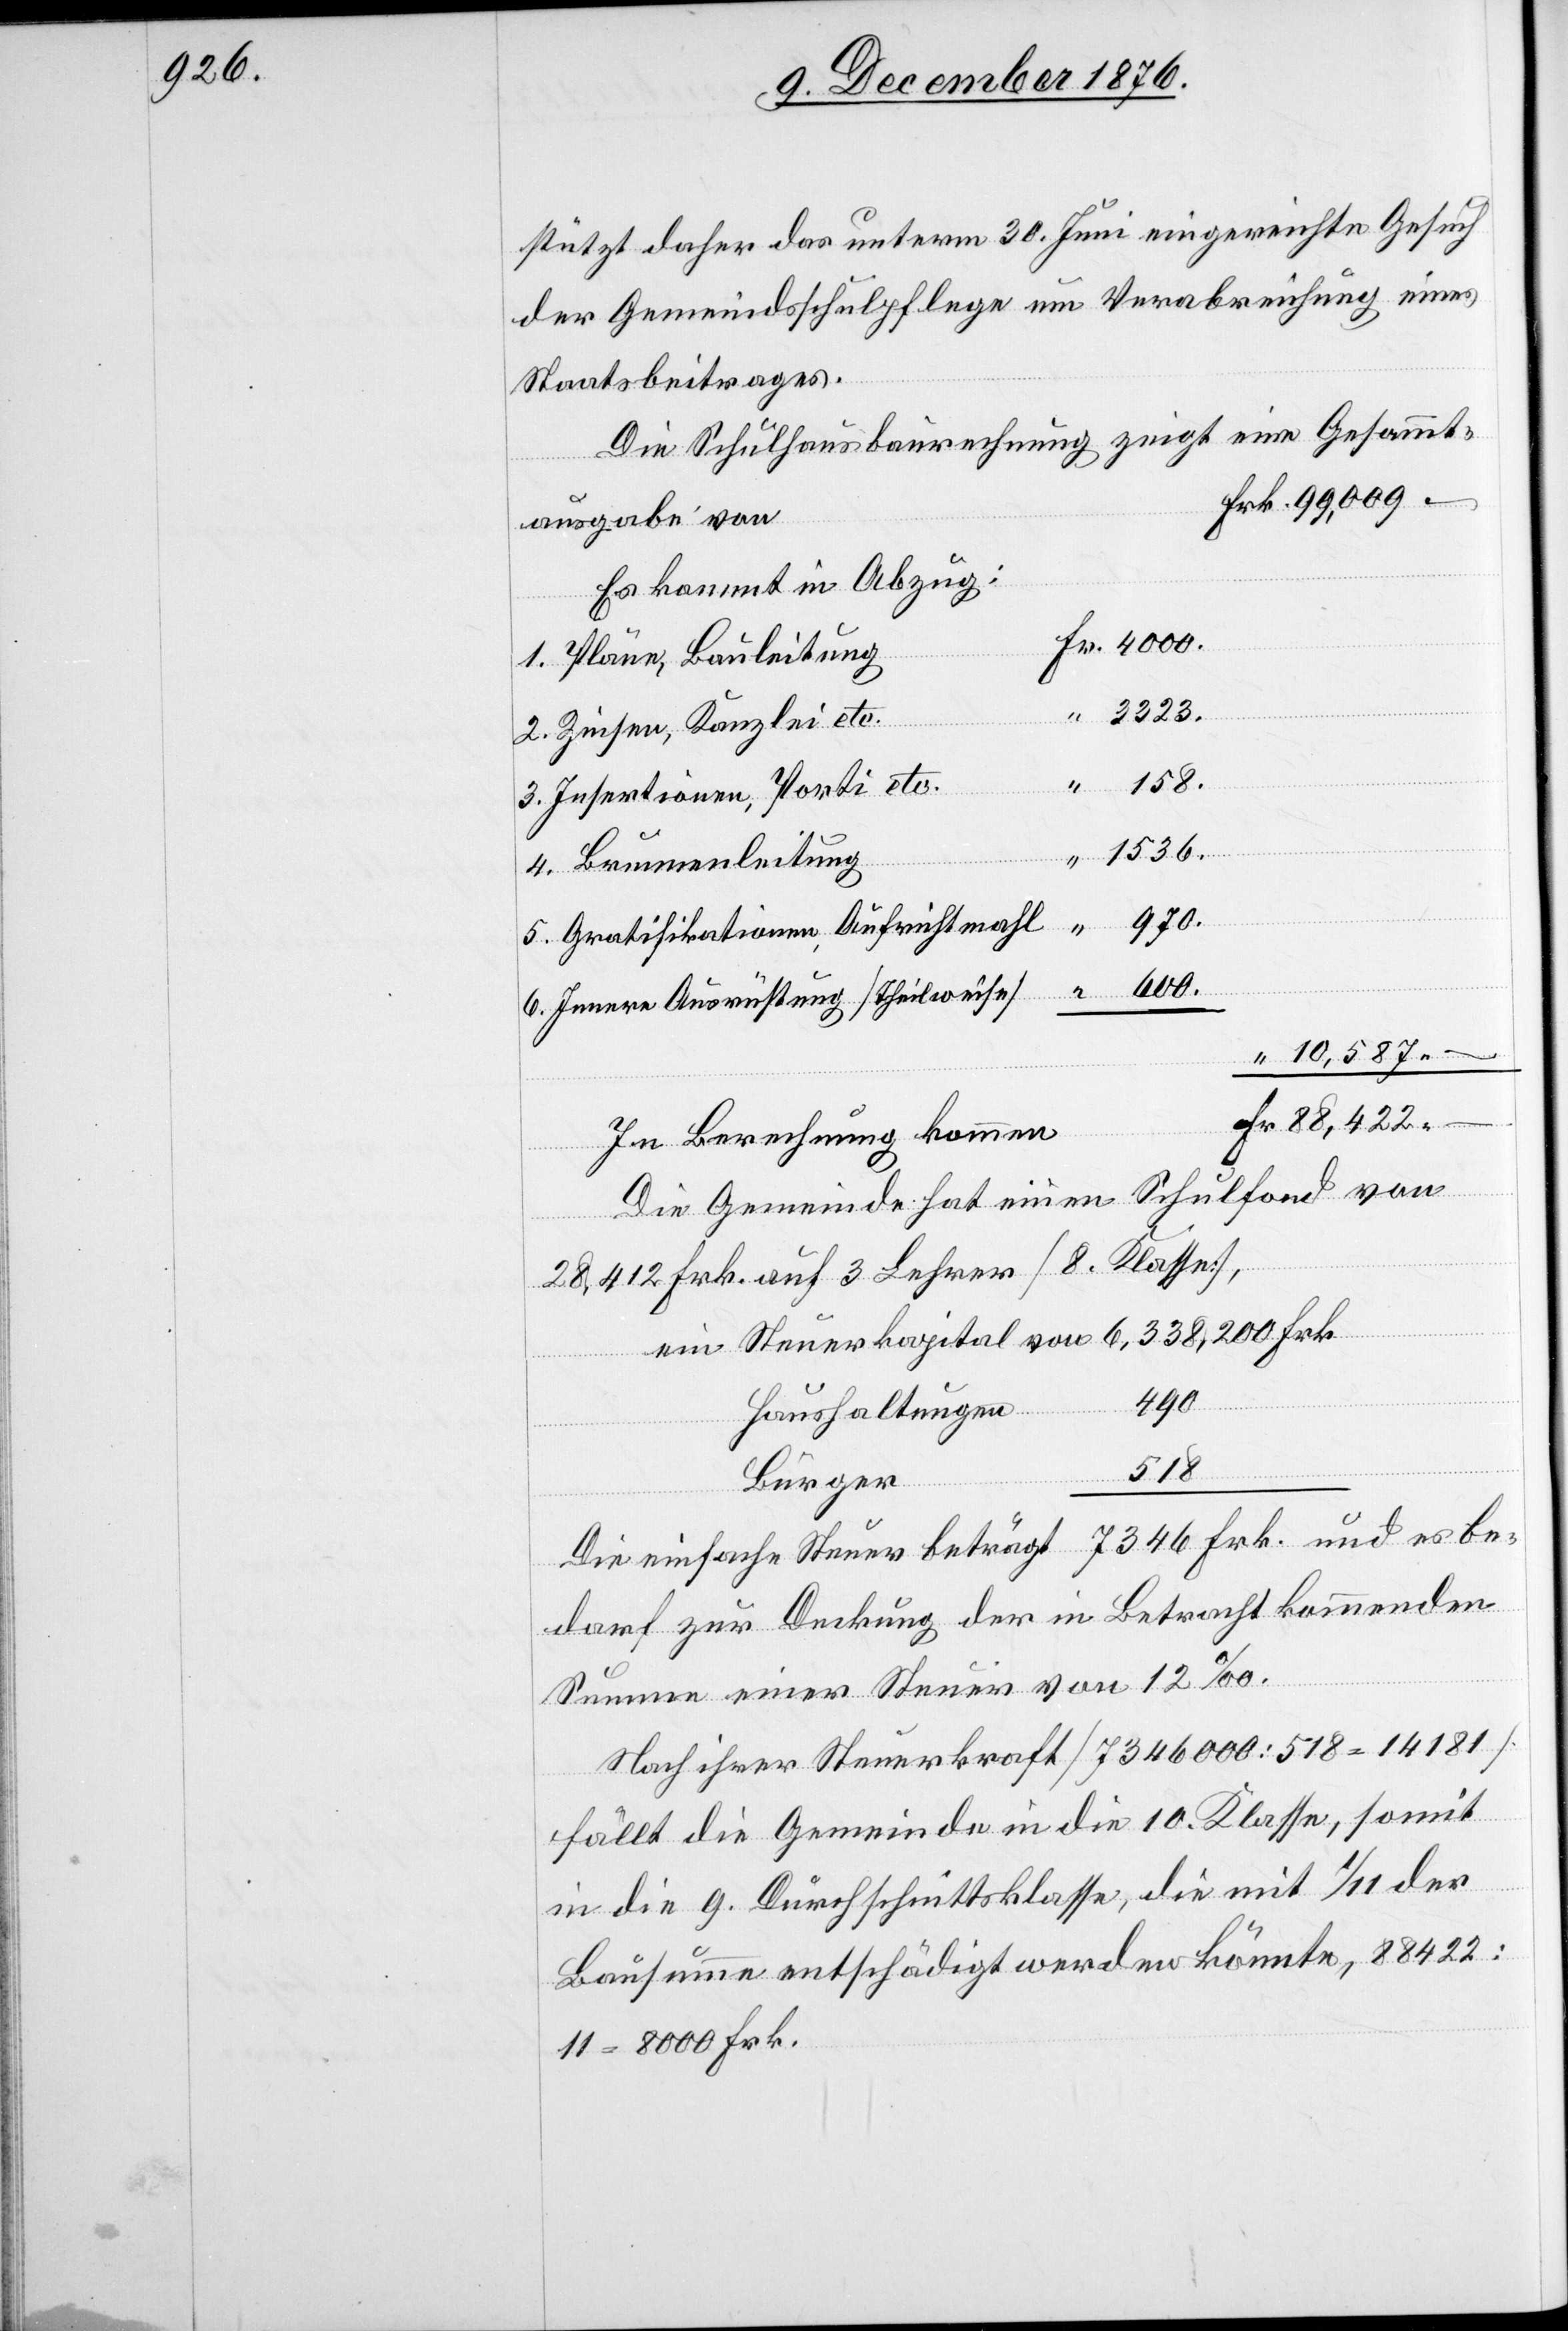
7346

stützt daher das unterm 30. Juni eingereichte Gesuch
der Gemeindsschulpflege um Verabreichung eines
von
Staatsbeitrages.
Die Schulhausbaurechnung zeigt eine Gesammt¬
Es kommt in Abzug:
1. Pläne, Bauleitung
2. Zinsen, Kanzlei etc.
Frk.
158.
3. Insertionen, Porti etc.
Fr.
1536.
4. Brunnenleitung
Fr.
600.
5. Gratifikationen, Aufrichtmahl
6. Innere Ausrüstung [Theilweise]
10,587
beträgt
In Berechnung kommen
Die Gemeinde hat einen Schulfond von
28,412 Frk. auf 3 Lehrer [8. Klasse],
und
es be¬
490
Haushaltungen
–
518
Die
Bürger
darf zur Deckung der in Betracht kommenden
Summe einer Steuer von 12‰.
Nach ihrer Steuerkraft [7346000 : 518 = 14181]
fällt die Gemeinde in die 10. Klasse, somit
in die 9. Durchschnittsklasse, die mit 1/11 der
Bausumme entschädigt werden könnte, 88422 :
11 = 8000 Frk.